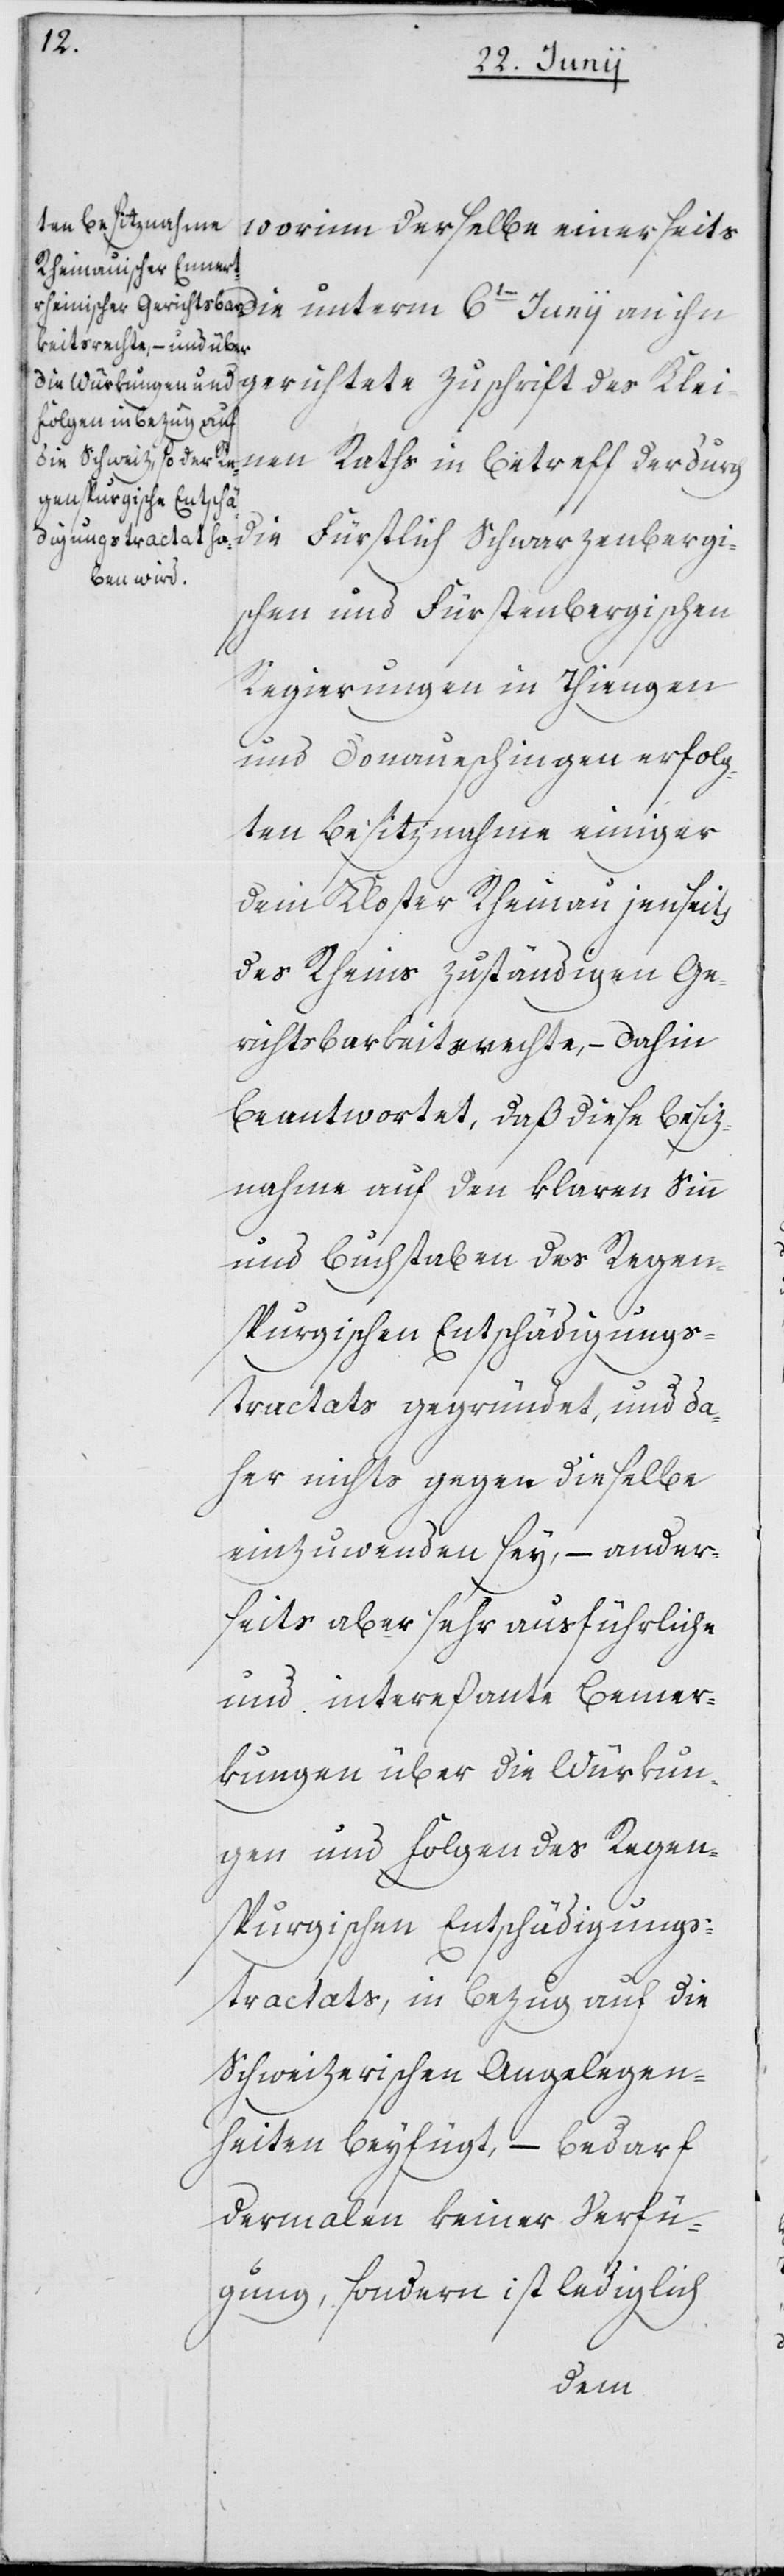
worinn derselbe einerseits
6ten Junii an ihn gerichtete Zuschrift des Klei¬
der durch die Fürstlich Schwarzenbergi¬
schen und Fürstenbergischen
Regierungen in Thiengen
und Donaueschingen erfolg¬
ten Besiznahme einiger
dem Kloster Rheinau jenseits
des Rheins zuständigen Ge¬
richtsbarkeitsrechte, – dahin
beantwortet, daß diese Besiz¬
nahme auf den klaren Sinn
und Buchstaben des Regen¬
tractats gegründet, und da¬
her nichts gegen dieselbe
einzuwenden sey, – ander¬
seits aber sehr ausführliche
und intereßante Bemer¬
kungen über die Würkun¬
gen und Folgen des Regen¬
spurgischen Entschädigungs¬
tractats, in Bezug auf die
Schweizerischen Angelegen¬
heiten beyfügt, – bedarf
dermalen keiner Verfü¬
gung, sondern ist lediglich
nen